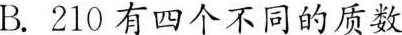
B.210有四个不同的质数